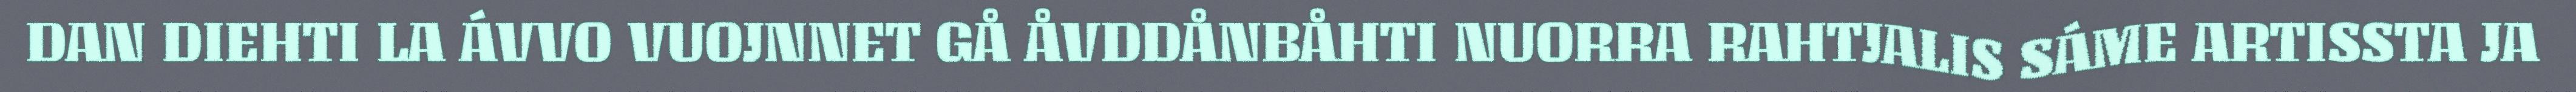
DAN DIEHTI LA ÁVVO VUOJNNET GÅ ÅVDDÅNBÅHTI NUORRA RAHTJALIS SÁME ARTISSTA JA